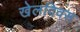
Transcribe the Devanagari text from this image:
खेलदिवस